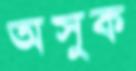
অসুক